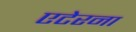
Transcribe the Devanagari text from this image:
एटेरना